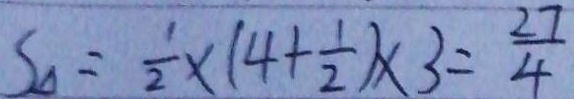
S _ { \Delta } = \frac { 1 } { 2 } \times ( 4 + \frac { 1 } { 2 } ) \times 3 = \frac { 2 7 } { 4 }